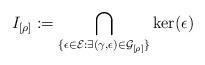
LaTeX: \begin{align*}I_{[\rho]}:= \bigcap_{ \{\epsilon \in \mathcal{E} : \exists (\gamma,\epsilon) \in\mathcal{G}_{[\rho]} \} }\ker (\epsilon)\end{align*}